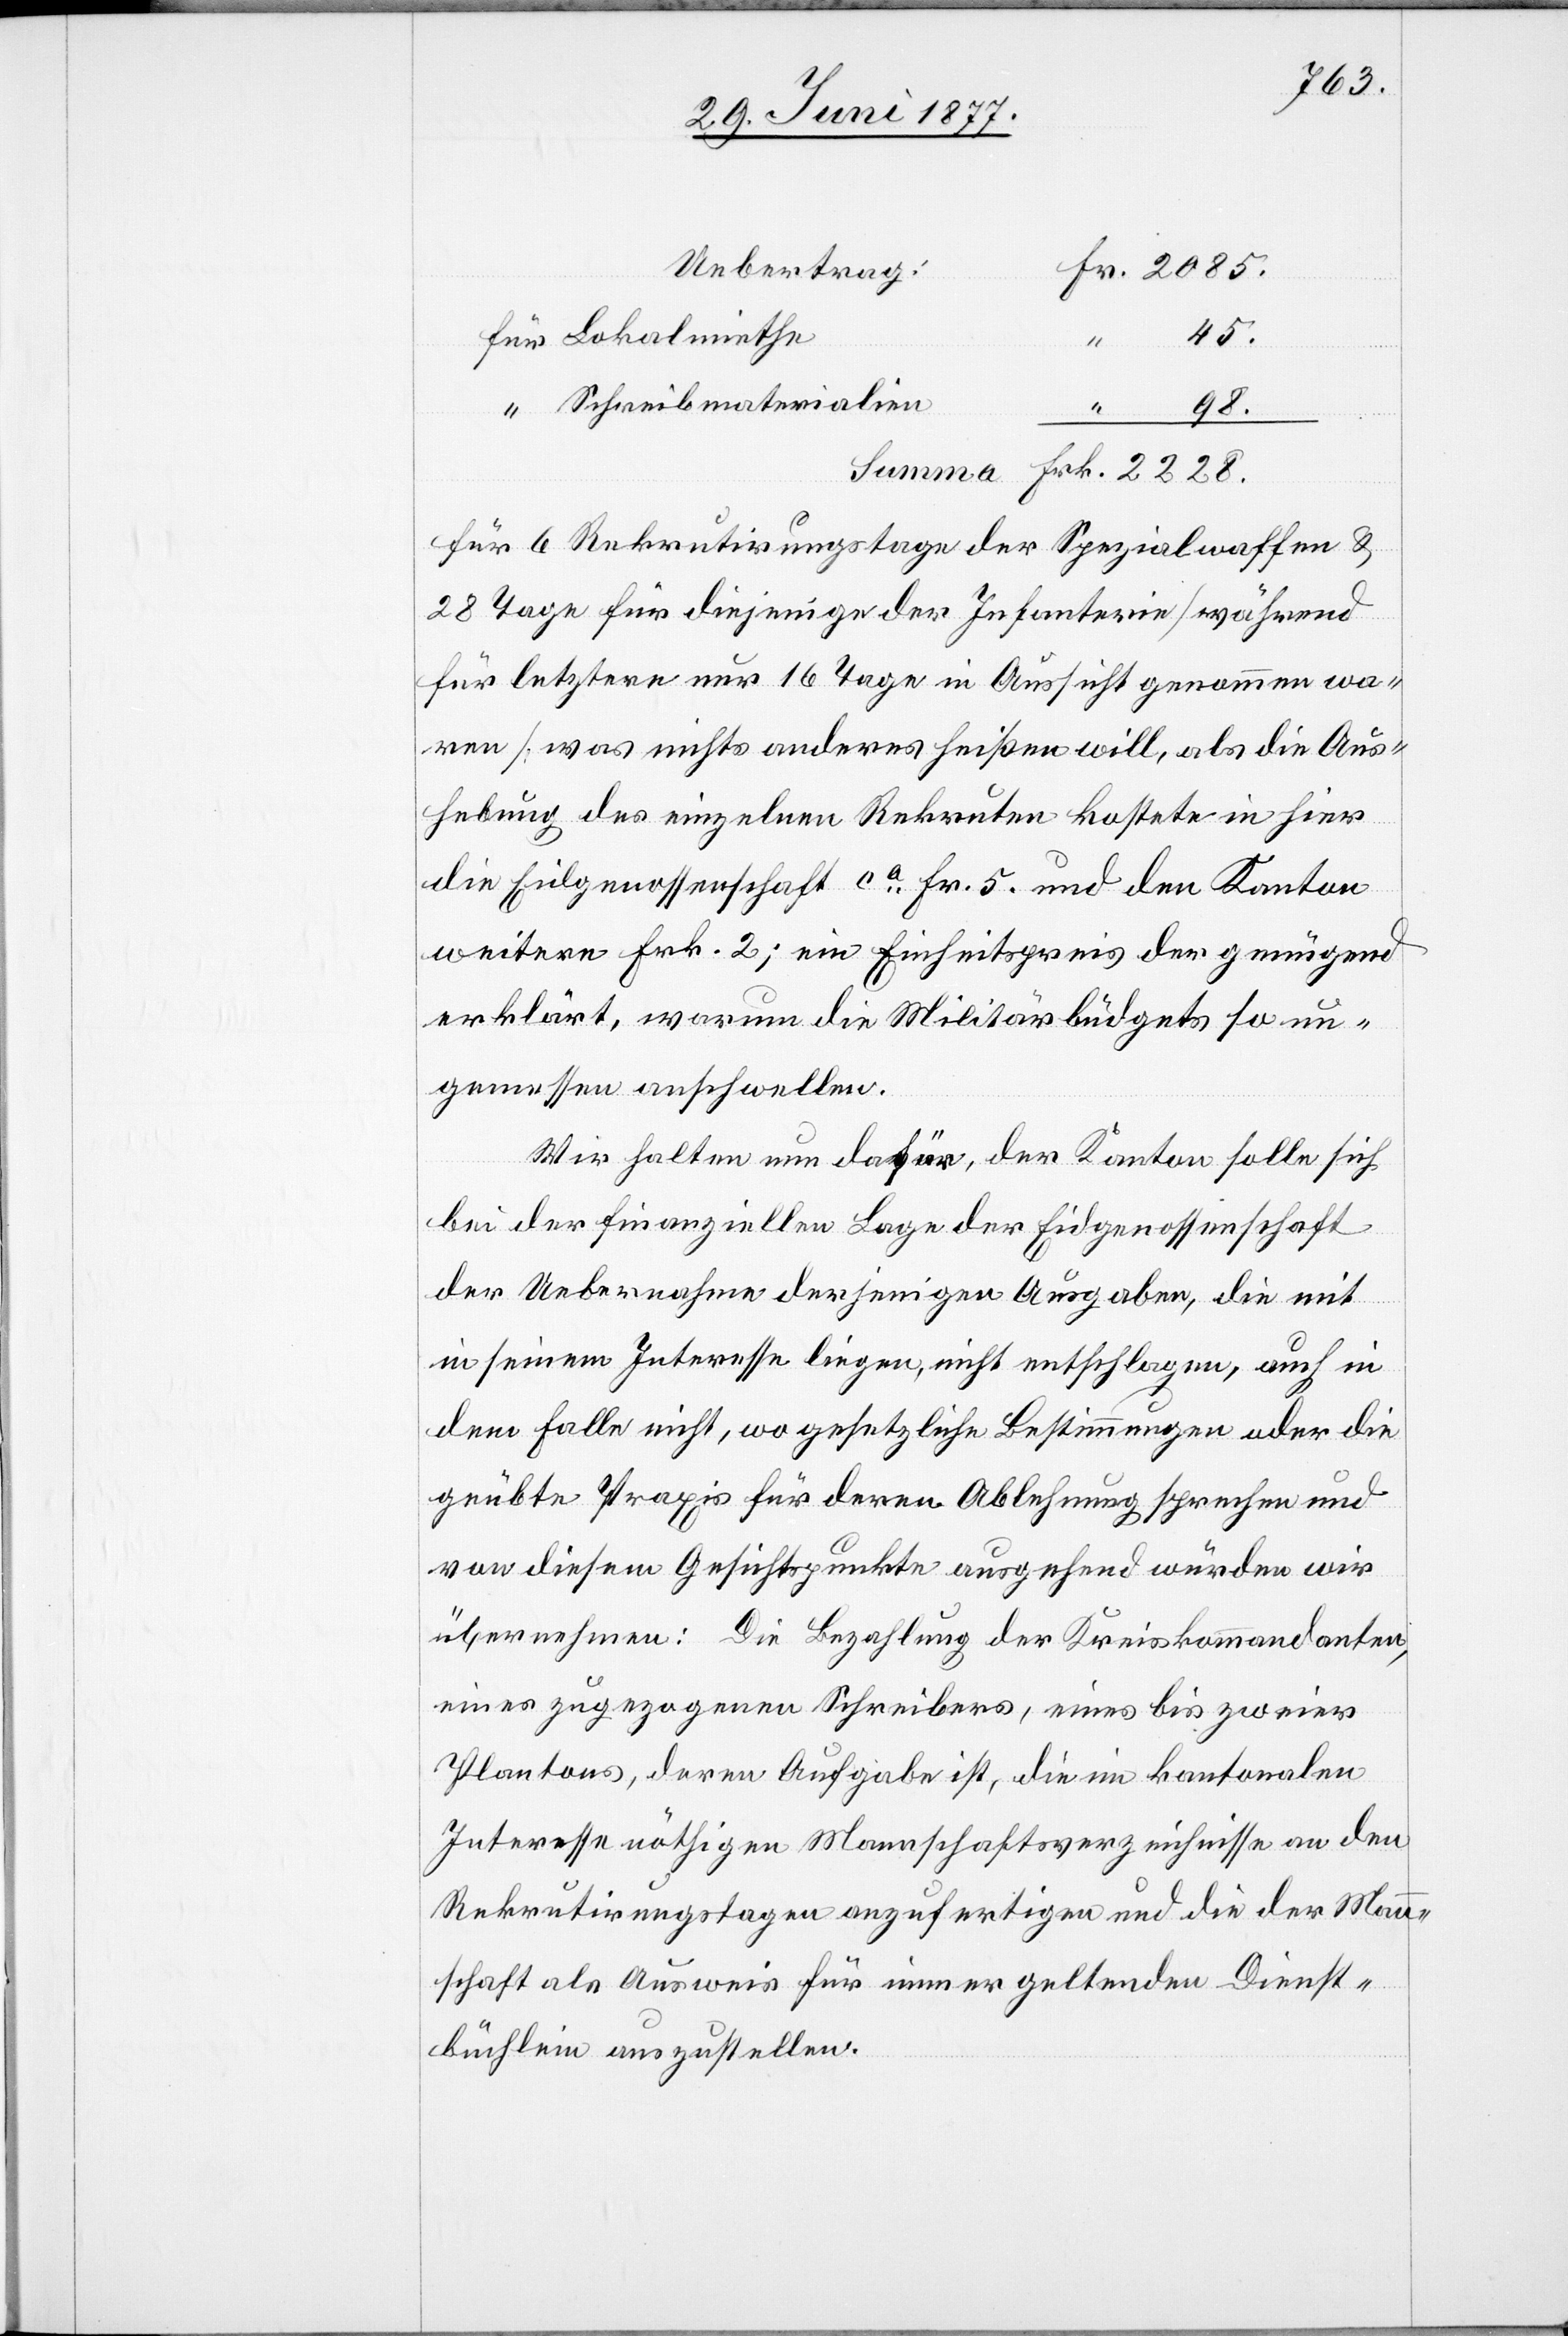
45
“
Schreibmaterialien
98
Für 6 Rekrutirungstage der Spezialwaffen und
28 Tage für diejenigen der Infanterie [während
für letztere nur 16 Tage in Aussicht genommen wa¬
ren] was nichts anderes heißen will, als die Aus¬
hebung des einzelnen Rekruten kostete in hier
die Eidgenossenschaft ca Fr. 5 und den Kanton
weitere Frk. 2; ein Einheitspreis der genügend
erklärt, warum die Militärbüdgets so un¬
gemessen anschwellen.
Wir halten nun dafür, der Kanton solle sich
bei der finanziellen Lage der Eidgenossenschaft
der Uebernahme derjenigen Ausgaben, die mit
in seinem Interesse liegen, nicht entschlagen, auch in
dem Falle nicht, wo gesetzliche Bestimmungen oder die
geübte Praxis für deren Ablehnung sprechen und
von diesem Gesichtspunkte ausgehend würden wir
übernehmen: Die Bezahlung der Kreiskommandanten,
eines zugezogenen Schreibers, eines bis zweier
Plantons, deren Aufgabe ist, die im kantonalen
Interessen nöthigen Mannschaftsverzeichnisse an den
Rekrutirungstagen anzufertigen und die der Mann¬
schaft als Ausweis für immer geltenden Dienst¬
büchlein auszustellen.